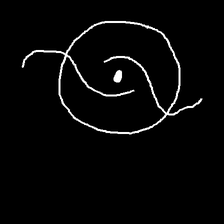
Glyph: repetition